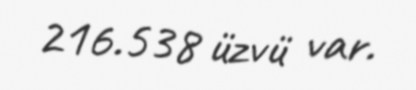
216.538 üzvü var.